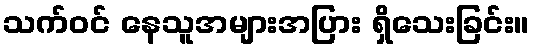
သက်ဝင် နေသူအများအပြား ရှိသေးခြင်း။